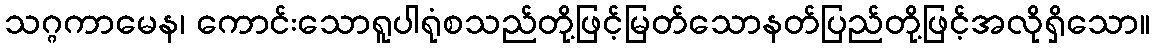
သဂ္ဂကာမေန၊ ကောင်းသောရူပါရုံစသည်တို့ဖြင့်မြတ်သောနတ်ပြည်တို့ဖြင့်အလိုရှိသော။